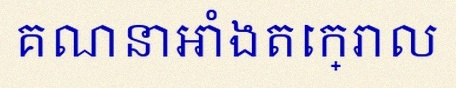
គណនាអាំងតេក្រាល